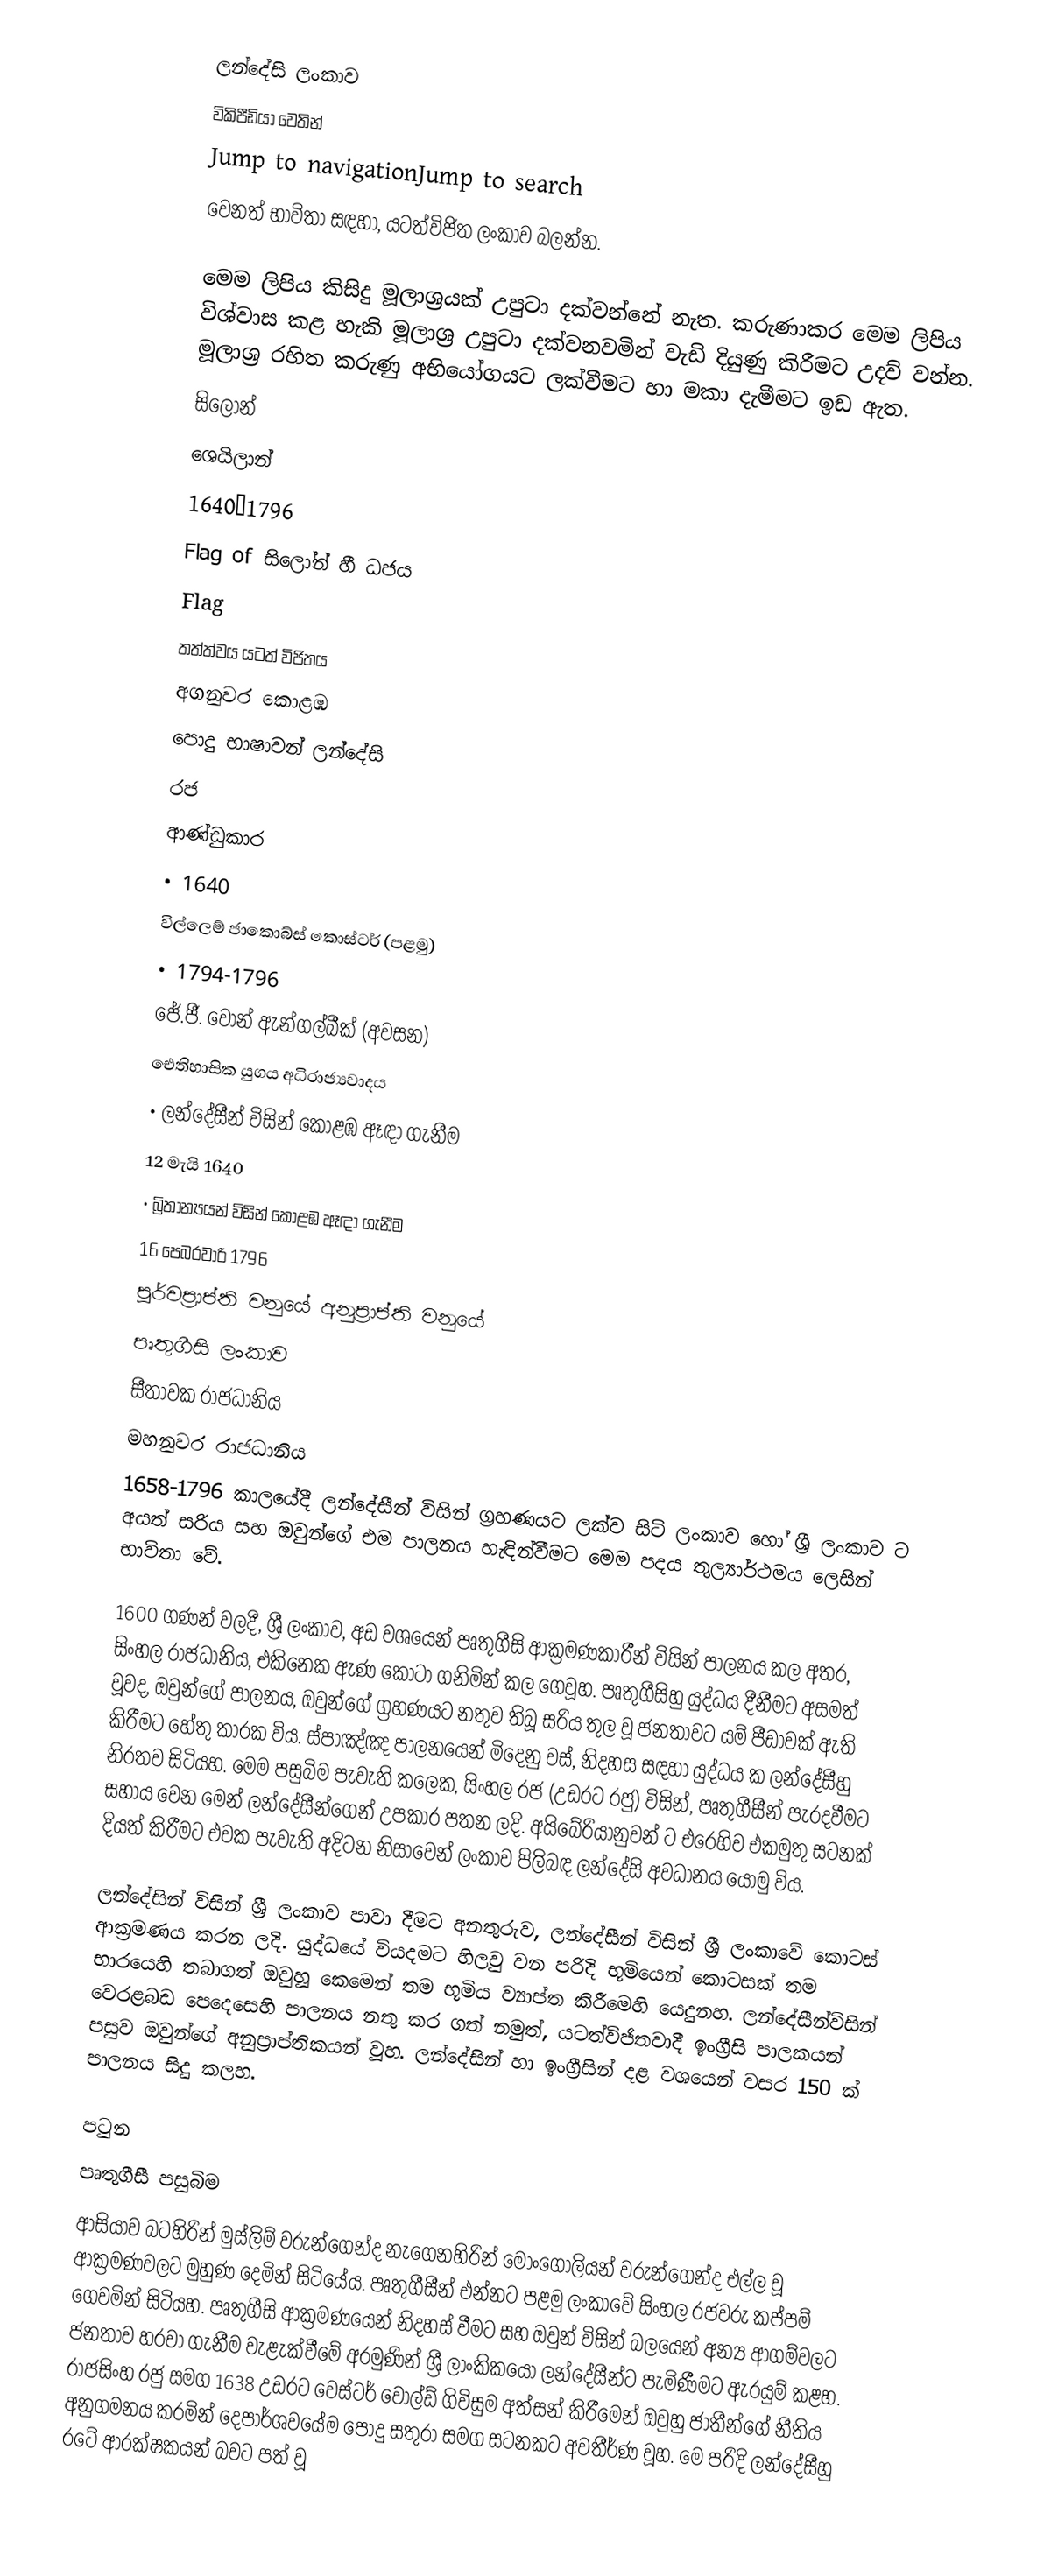
ලන්දේසි ලංකාව
විකිපීඩියා වෙතින්
Jump to navigationJump to search
වෙනත් භාවිතා සඳහා, යටත්විජිත ලංකාව බලන්න.

මෙම ලිපිය කිසිදු මූලාශ්‍රයක් උපුටා දක්වන්නේ නැත. කරුණාකර මෙම ලිපිය විශ්වාස කළ හැකි මූලාශ්‍ර උපුටා දක්වනවමින් වැඩි දියුණු කිරීමට උදව් වන්න. මූලාශ්‍ර රහිත කරුණු අභියෝගයට ලක්වීමට හා මකා දැමීමට ඉඩ ඇත.
සිලෝන්
ශෙයිලාන්
1640–1796
Flag of සිලෝන් හී ධජය
Flag
තත්ත්වය	යටත් විජිතය
අගනුවර	කොළඹ
පොදු භාෂාවන්	ලන්දේසි
රජ
ආණ්ඩුකාර
• 1640
විල්ලෙම් ජාකොබ්ස් කොස්ටර් (පළමු)
• 1794-1796
ජේ.ජී. වොන් ඇන්ගල්බීක් (අවසන)
ඓතිහාසික යුගය	අධිරාජ්‍යවාදය
• ලන්දේසීන් විසින් කොළඹ ඈඳා ගැනීම
12 මැයි 1640
• බ්‍රිතාන්‍යයන් විසින් කොළඹ ඈඳා ගැනීම
16 පෙබරවාරි 1796
පූර්වප්‍රාප්ති වනුයේ	අනුප්‍රාප්ති වනුයේ
	පෘතුගීසි ලංකාව
	සීතාවක රාජධානිය
මහනුවර රාජධානිය
1658-1796 කාලයේදී ලන්දේසීන් විසින් ග්‍රහණයට ලක්ව සිටි ලංකාව හෝ ශ්‍රී ලංකාව ට අයත් සරිය සහ ඔවුන්ගේ එම පාලනය හැඳින්වීමට මෙම පදය තුල්‍යාර්ථමය ලෙසින් භාවිතා වේ.

1600 ගණන් වලදී, ශ්‍රී ලංකාව, අඩ වශයෙන් පෘතුගීසි ආක්‍රමණකාරීන් විසින් පාලනය කල අතර, සිංහල රාජධානිය, එකිනෙක ඇණ කොටා ගනිමින් කල ගෙවූහ. පෘතුගීසිහු යුද්ධය දීනීමට අසමත් වූවද, ඔවුන්ගේ පාලනය, ඔවුන්ගේ ග්‍රහණය‍ට නතුව තිබූ සරිය තුල වූ ජනතාවට යම් පීඩාවක් ඇති කිරීමට හේතු කාරක විය. ස්පාඤ්ඤ පාලනයෙන් මිදෙනු වස්, නිදහස සඳහා යුද්ධය ක ලන්දේසීහු නිරතව සිටියහ. මෙම පසුබිම පැවැති කලෙක, සිංහල රජ (උඩරට රජු) විසින්, පෘතුගීසීන් පැරදවීමට සහාය වෙන මෙන් ලන්දේසීන්ගෙන් උපකාර පතන ලදි. අයිබේරියානුවන් ට එරෙහිව එකමුතු සටනක් දියත් කිරීමට එවක පැවැති අදිටන නිසාවෙන් ලංකාව පිලිබඳ ලන්දේසි අවධානය යොමු විය.

ලන්දේසින් විසින් ශ්‍රී ලංකාව පාවා දීමට අනතුරුව, ලන්දේසීන් විසින් ශ්‍රී ලංකාවේ කොටස් ආක්‍රමණය කරන ලදි. යුද්ධයේ වියදමට හිලවු වන පරිදි භූමියෙන් කොටසක් තම භාරයෙහි තබාගත් ඔවුහූ කෙමෙන් තම භූමිය ව්‍යාප්ත කිරීමෙහි යෙදුනහ. ලන්දේසීන්විසින් වෙරළබඩ පෙදෙසෙහි පාලනය නතු කර ගත් නමුත්, යටත්විජිතවාදී ඉංග්‍රීසි පාලකයන් පසුව ඔවුන්ගේ අනුප්‍රාප්තිකයන් වූහ. ලන්දේසින් හා ඉංග්‍රීසින් දළ වශයෙන් වසර 150 ක් පාලනය සිදු කලහ.

පටුන
පෘතුගීසී පසුබිම
ආසියාව බටහිරින් මුස්ලිම් වරුන්ගෙන්ද නැගෙනහිරින් මොංගෝලියන් වරුන්ගෙන්ද එල්ල වූ ආක්‍රමණවලට මුහුණ දෙමින් සිටියේය. පෘතුගීසීන් එන්නට පළමු ලංකාවේ සිංහල රජවරු කප්පම් ගෙවමින් සිටියහ. පෘතුගීසි ආක්‍රමණයෙන් නිදහස් වීමට සහ ඔවුන් විසින් බලයෙන් අන්‍ය ආගම්වලට ජනතාව හරවා ගැනීම වැළැක්වීමේ අරමුණින් ශ්‍රී ලාංකිකයෝ ලන්දේසීන්ට පැමිණීමට ඇරයුම් කළහ. රාජසිංහ රජු සමග 1638 උඩරට වෙස්ටර් වෝල්ඩ් ගිවිසුම අත්සන් කිරීමෙන් ඔවුහු ජාතීන්ගේ නීතිය අනුගමනය කරමින් දෙපාර්ශවයේම පොදු සතුරා සමග සටනකට අවතීර්ණ වූහ. මෙ පරිදි ලන්දේසීහු රටේ ආරක්ෂකයන් බවට පත් වූ